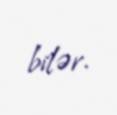
bilər.